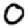
Digit: 0